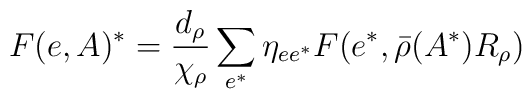
F(e,A)^* = \frac{d_\rho }{\chi_\rho } \sum_{e^*}    \eta_{ee^*} F(e^*,\bar{\rho }(A^*) R_\rho )